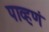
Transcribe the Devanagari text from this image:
पाव्हणं